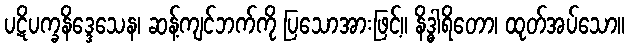
ပဋိပက္ခနိဒ္ဒေသေန၊ ဆန့်ကျင်ဘက်ကို ပြသောအားဖြင့်။ နိဒ္ဓါရိတော၊ ထုတ်အပ်သော။